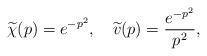
LaTeX: \begin{align*}\widetilde{\chi}(p)=e^{-p^2},\quad\widetilde{v}(p)=\frac{e^{-p^2}}{p^2},\end{align*}